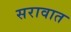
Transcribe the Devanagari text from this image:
सरावात